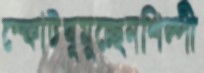
স্ফোটঘুমুচ্ছেনশিল্পী